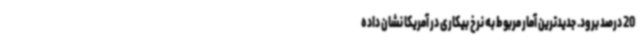
20 درصد برود. جدیدترین آمار مربوط به نرخ بیکاری در آمریکا نشان داده